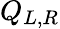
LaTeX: Q_{L,R}